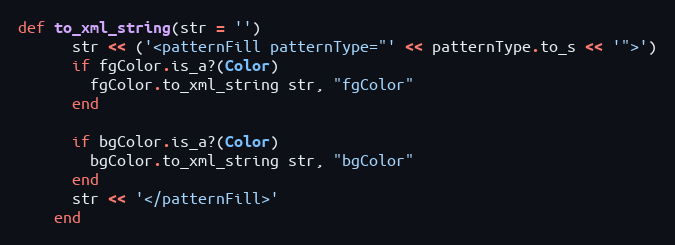
Language: Ruby
def to_xml_string(str = '')
      str << ('<patternFill patternType="' << patternType.to_s << '">')
      if fgColor.is_a?(Color)
        fgColor.to_xml_string str, "fgColor"
      end

      if bgColor.is_a?(Color)
        bgColor.to_xml_string str, "bgColor"
      end
      str << '</patternFill>'
    end